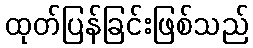
ထုတ်ပြန်ခြင်းဖြစ်သည်